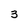
Character: 3